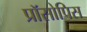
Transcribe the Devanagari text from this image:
प्रॉसोपिस